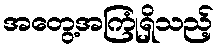
အတွေ့အကြုံရှိသည့်